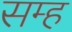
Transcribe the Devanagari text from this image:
सम्ह